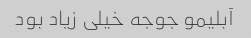
آبلیمو جوجه خیلی زیاد بود